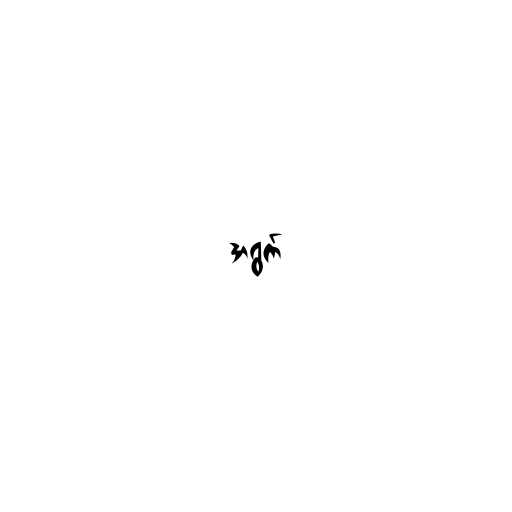
အရွက်